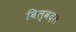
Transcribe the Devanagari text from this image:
बिल्वदल